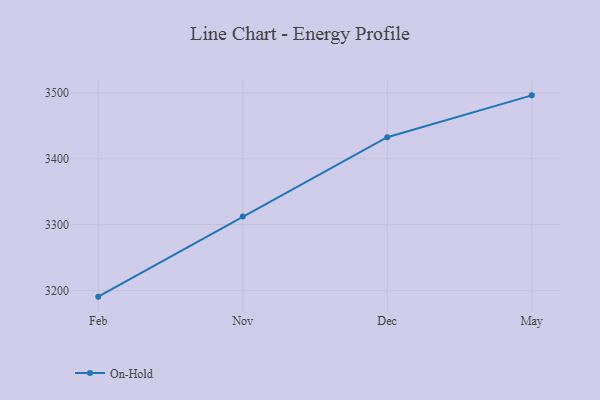
{"axis": {"x": "Month", "y": "Churn Rate (%)"}, "legend": ["On-Hold"], "data": [{"x": "Feb", "y": 3190.5, "type": "On-Hold"}, {"x": "Nov", "y": 3312.3, "type": "On-Hold"}, {"x": "Dec", "y": 3432.8, "type": "On-Hold"}, {"x": "May", "y": 3496.4, "type": "On-Hold"}]}